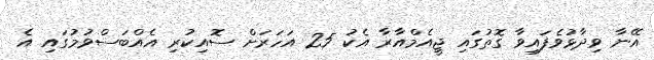
އޭނާ ވިދާޅުވެފައިވާ ގޮތުގައި ޖީއެމްއާރާ އެކު 25 އަހަރަށް ސޮއިކުރި އެއްބަސްވުމުގައި އެ